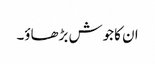
ان کا جوش بڑھاؤ۔